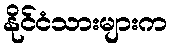
နိုင်ငံသားများက